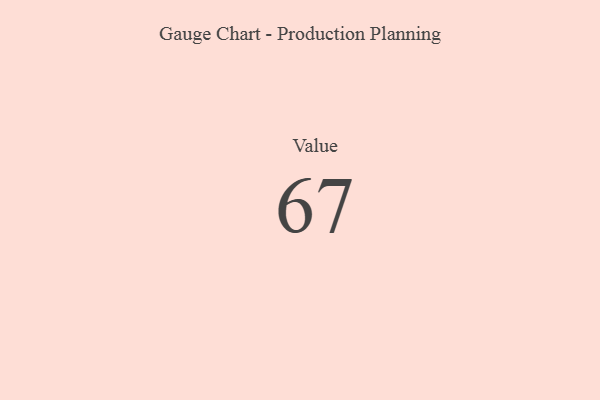
{"axis": {"x": "Metric", "y": "Value"}, "legend": [""], "data": [{"x": "Value", "y": 67, "type": ""}]}